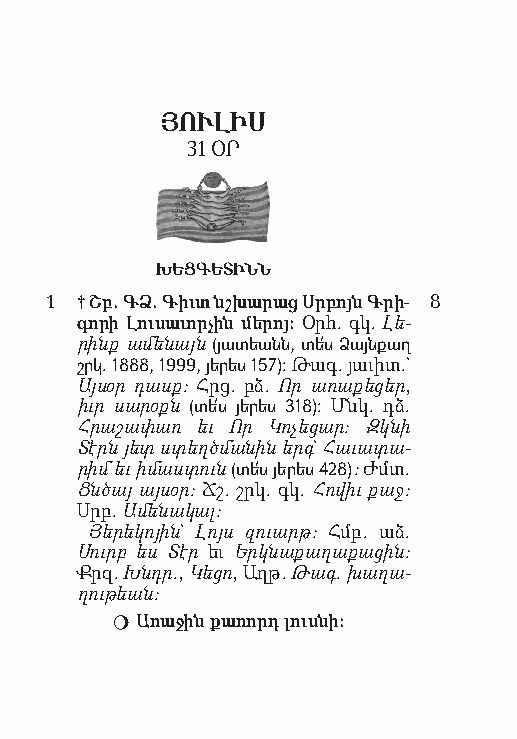
ՅՈՒԼԻՍ
 31 ՕՐ
 ԽԵՑԳԵՏԻՆՆ
 1 † Շբ. ԳՁ. Գիւտ նշխար աց Սր բոյն Գր ի- 8
 գո րի Լու սա ւոր չին մե րոյ: Օրհ. գկ. Լե­
 րինք ա մեն այն (յա տեանն, տե՛ս Ձայն քաղ
 շրկ. 1888, 1999, յե րես 157): Թագ. յաւիտ.`
 Այս օր դասք: Հրց. բձ. Որ առ աք ե ցեր,
 իւր սա րօքն (տե՛ս յե րես 318): Մնկ. դձ.
 Հր ա շափ առ եւ Որ Կո չեց ար: Զկ նի
 Տէրն յետ ստեղծմ ան ին երգ` Հա ւատ ա­
 րիմ եւ իմ աստ ուն (տե՛ս յե րես 428): Ժմտ.
 Ցնծ այ այս օր: Ճշ. շրկ. գկ. Հո վիւ քաջ:
 Սրբ. Ա մեն ակ ալ:
 Յե րե կո յին` Լոյս զուարթ: Հմբ. աձ.
 Սուրբ ես Տէր եւ Երկ նաք աղ ա քաց ին:
 Քրզ. Խնդր., Կե ցո, Աղթ. Թագ. խա ղա­
 ղութ եան:
  Ա ռա ջին քա ռորդ լուս նի: